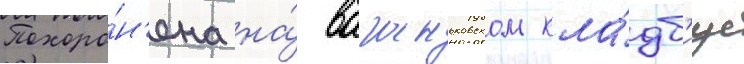
Похоро́н'ена на́ ваганьковском кла́дб'ище